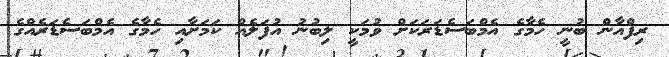
ރިފްއާން ބުނީ ހެމާގެ އެމްބަސެޑަރަކަށް ވުމަކީ ލިބުނު އުފަލެއް ކަމަށާއި ހެމާގެ އެމްބަސެޑަރެއްގެ